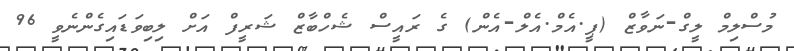
މުސްލިމް ލީގް-ނަވާޒް (ޕީ.އެމް.އެލް-އެން) ގެ ރައީސް ޝެހްބާޒް ޝަރީފް އަށް ލިބިވަޑައިގެންނެވީ 96